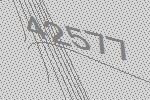
42577